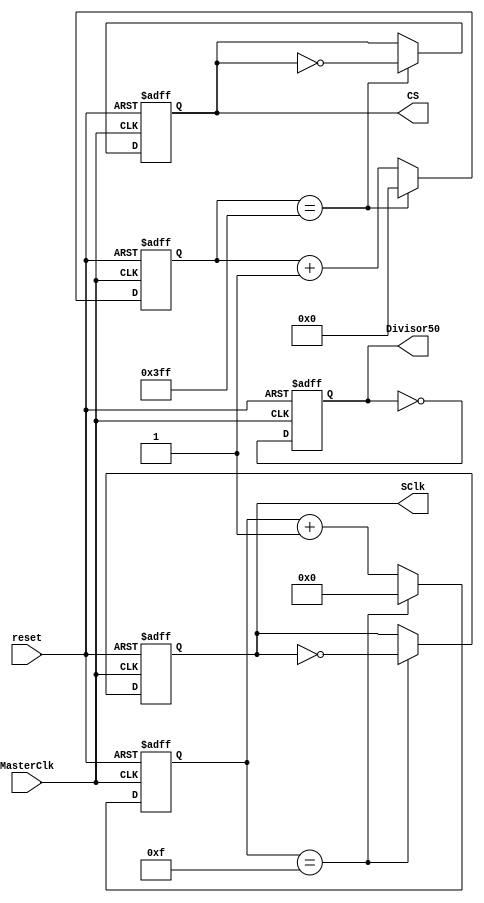
`timescale 1ns / 1ps
//////////////////////////////////////////////////////////////////////////////////
// Company: 
// Engineer: 
// 
// Create Date:    
// Design Name: 
// Module Name:    Divisores_Frecuencia 
// Project Name: 
// Target Devices: 
// Tool versions: 
// Description: 
//
// Dependencies: 
//
// Revision: 
// Revision 0.01 - File Created
// Additional Comments: 
//
//////////////////////////////////////////////////////////////////////////////////
module Divisores_Frecuencias(
	input wire MasterClk,       //Seal de entrada, referente a comportamiento de reloj.
	input wire reset,     //Reset de seal.
	output reg SClk,Divisor50,CS    //Seales de salida del divisor, seales ya divididas.
    );

reg [3:0] Scuenta; //Contadores
reg [9:0] Ccuenta;
					   
 always @(posedge MasterClk, posedge reset) 
	begin
		if (reset)
			begin
				SClk <= 0;
				Scuenta <= 0;
			end 
		else 
			begin		
				if (Scuenta == 4'd15)
					begin                    
						Scuenta <= 5'd0;    
						SClk <= ~SClk;  //
					end 
				else 
					Scuenta <= Scuenta + 1'b1; 
			end
	end
 
 always @(posedge MasterClk,  posedge reset) 
 begin
		if (reset) 
			begin
				CS <= 0;
				Ccuenta <= 0;
			end 
		
		else 
			begin		
				if (Ccuenta == 10'd1023)    
					begin                    
						Ccuenta <= 10'd0;    
						CS <= ~CS;
					end 
				else 
					Ccuenta <= Ccuenta + 1'b1; 
			end
	end

always @(posedge MasterClk, posedge reset) 
	begin
		if (reset)
				Divisor50 <= 0;
		else 
			Divisor50 <= ~Divisor50;
	end
endmodule